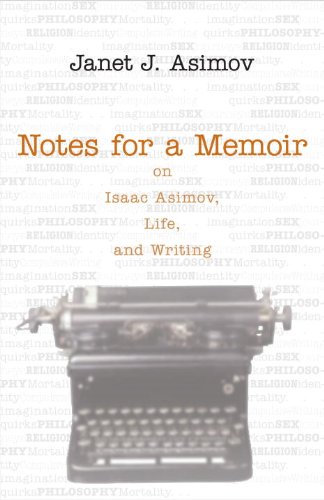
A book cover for Notes for a Memoir: On Isaac Asimov, Life, And Writing; Janet Asimov; Science Fiction & Fantasy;